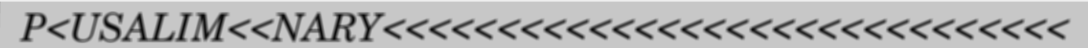
P<USALIM<<NARY<<<<<<<<<<<<<<<<<<<<<<<<<<<<<<